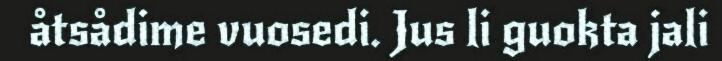
åtsådime vuosedi. Jus li guokta jali